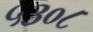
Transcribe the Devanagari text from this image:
५३०८